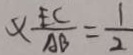
\times \frac { E C } { A B } = \frac { 1 } { 2 }